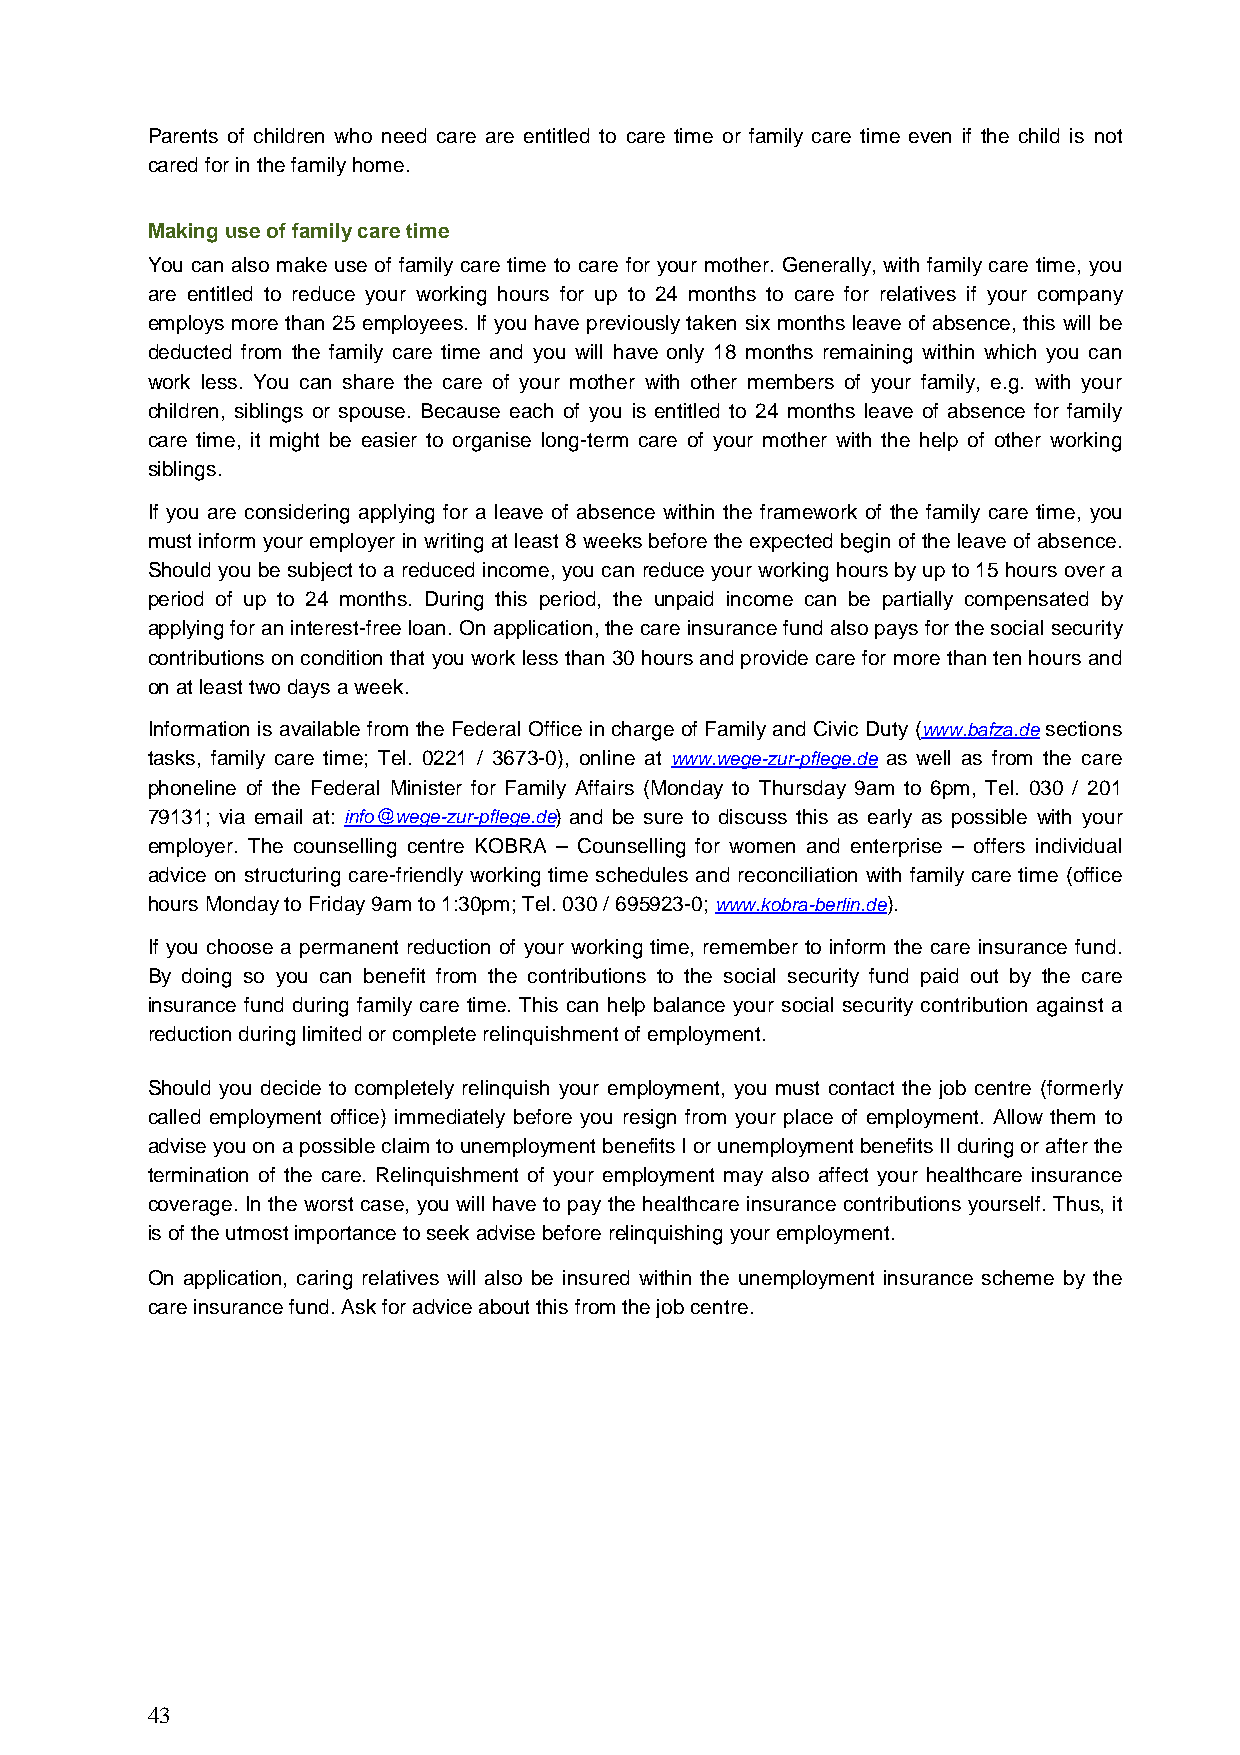
Parents of children who need care are entitled to care time or family care time even if the child is not
 cared for in the family home.
 Making use of family care time
 You can also make use of family care time to care for your mother. Generally, with family care time, you
 are entitled to reduce your working hours for up to 24 months to care for relatives if your company
 employs more than 25 employees. If you have previously taken six months leave of absence, this will be
 deducted from the family care time and you will have only 18 months remaining within which you can
 work less. You can share the care of your mother with other members of your family, e.g. with your
 children, siblings or spouse. Because each of you is entitled to 24 months leave of absence for family
 care time, it might be easier to organise long-term care of your mother with the help of other working
 siblings.
 If you are considering applying for a leave of absence within the framework of the family care time, you
 must inform your employer in writing at least 8 weeks before the expected begin of the leave of absence.
 Should you be subject to a reduced income, you can reduce your working hours by up to 15 hours over a
 period of up to 24 months. During this period, the unpaid income can be partially compensated by
 applying for an interest-free loan. On application, the care insurance fund also pays for the social security
 contributions on condition that you work less than 30 hours and provide care for more than ten hours and
 on at least two days a week.
 Information is available from the Federal Office in charge of Family and Civic Duty (www.bafza.de sections
 tasks, family care time; Tel. 0221 / 3673-0), online at www.wege-zur-pflege.de as well as from the care
 phoneline of the Federal Minister for Family Affairs (Monday to Thursday 9am to 6pm, Tel. 030 / 201
 79131; via email at: info@wege-zur-pflege.de) and be sure to discuss this as early as possible with your
 employer. The counselling centre KOBRA – Counselling for women and enterprise – offers individual
 advice on structuring care-friendly working time schedules and reconciliation with family care time (office
 hours Monday to Friday 9am to 1:30pm; Tel. 030 / 695923-0; www.kobra-berlin.de).
 If you choose a permanent reduction of your working time, remember to inform the care insurance fund.
 By doing so you can benefit from the contributions to the social security fund paid out by the care
 insurance fund during family care time. This can help balance your social security contribution against a
 reduction during limited or complete relinquishment of employment.
 Should you decide to completely relinquish your employment, you must contact the job centre (formerly
 called employment office) immediately before you resign from your place of employment. Allow them to
 advise you on a possible claim to unemployment benefits I or unemployment benefits II during or after the
 termination of the care. Relinquishment of your employment may also affect your healthcare insurance
 coverage. In the worst case, you will have to pay the healthcare insurance contributions yourself. Thus, it
 is of the utmost importance to seek advise before relinquishing your employment.
 On application, caring relatives will also be insured within the unemployment insurance scheme by the
 care insurance fund. Ask for advice about this from the job centre.
 43